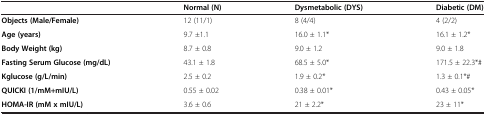
<table><thead><tr><td><b> </b></td><td><b>Normal (N)</b></td><td><b>Dysmetabolic (DYS)</b></td><td><b>Diabetic (DM)</b></td></tr></thead><tbody><tr><td><b>Objects (Male/Female)</b></td><td>12 (11/1)</td><td>8 (4/4)</td><td>4 (2/2)</td></tr><tr><td><b>Age (years)</b></td><td>9.7 ±1.1</td><td>16.0 ± 1.1*</td><td>16.1 ± 1.2*</td></tr><tr><td><b>Body Weight (kg)</b></td><td>8.7 ± 0.8</td><td>9.0 ± 1.2</td><td>9.0 ± 1.8</td></tr><tr><td><b>Fasting Serum Glucose (mg/dL)</b></td><td>43.1 ± 1.8</td><td>68.5 ± 5.0*</td><td>171.5 ± 22.3*#</td></tr><tr><td><b>Kglucose (g/L/min)</b></td><td>2.5 ± 0.2</td><td>1.9 ± 0.2*</td><td>1.3 ± 0.1*#</td></tr><tr><td><b>QUICKI (1/mM+mIU/L)</b></td><td>0.55 ± 0.02</td><td>0.38 ± 0.01*</td><td>0.43 ± 0.05*</td></tr><tr><td><b>HOMA-IR (mM x mIU/L)</b></td><td>3.6 ± 0.6</td><td>21 ± 2.2*</td><td>23 ± 11*</td></tr></tbody></table>